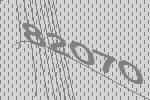
82070